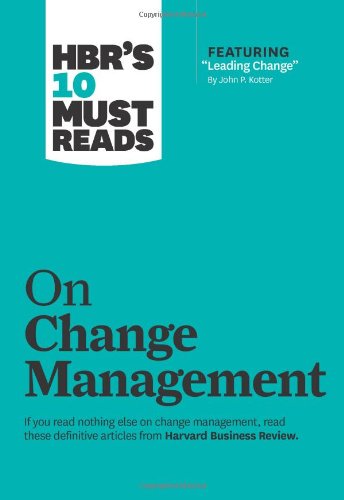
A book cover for HBR's 10 Must Reads on Change Management (including featured article EELeading Change,EE by John P. Kotter); Harvard Business Review; Business & Money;